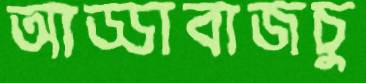
আড্ডাবাজচু